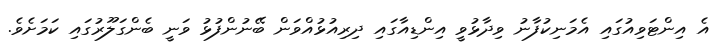
އެ އިންޓަވިއުގައި އެމަނިކުފާނު ވިދާޅުވީ އިންޑިއާގައި ދިރިއުޅުއްވަން ބޭނުންފުޅު ވަނީ ބެންގަލޫރުގައި ކަމަށެވެ.